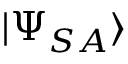
| \Psi _ { S A } \rangle